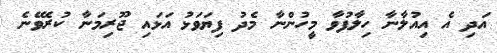
އަދި އެ އިއުލާނާ ހިލާފުވާ މީހުންނާ މެދު ފިޔަވަޅު އަޅައި ޖޫރިމަނާ ކުރެވޭނެ